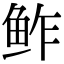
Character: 鲊